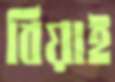
বিয়াই